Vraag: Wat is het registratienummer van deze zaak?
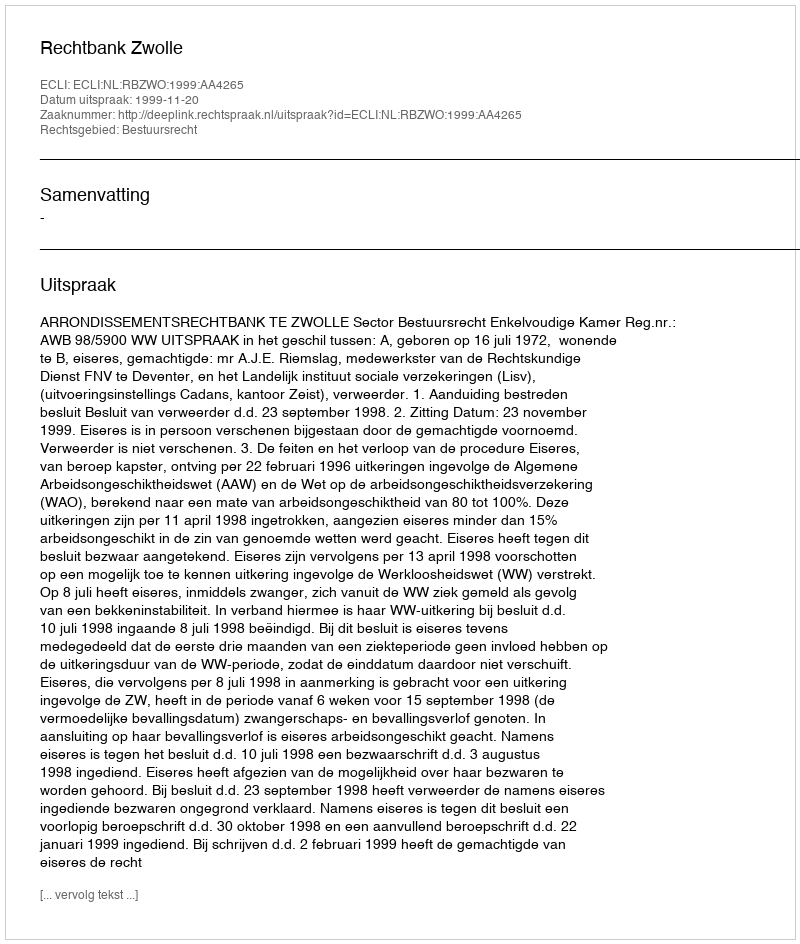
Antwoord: http://deeplink.rechtspraak.nl/uitspraak?id=ECLI:NL:RBZWO:1999:AA4265